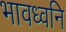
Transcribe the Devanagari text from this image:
भावध्वनि